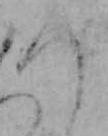
つ